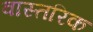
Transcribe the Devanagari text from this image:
वास्तरिक